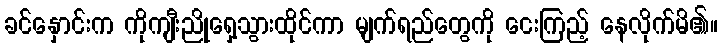
ခင်နှောင်းက ကိုကျီးညိုရှေ့သွားထိုင်ကာ မျက်ရည်တွေကို ငေးကြည့် နေလိုက်မိ၏။